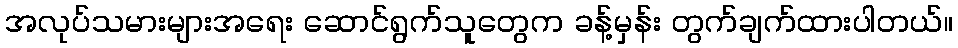
အလုပ်သမားများအရေး ဆောင်ရွက်သူတွေက ခန့်မှန်း တွက်ချက်ထားပါတယ်။